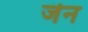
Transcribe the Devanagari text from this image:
जॆन